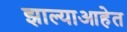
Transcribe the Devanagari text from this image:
झाल्याआहेत